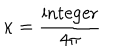
\kappa = { \frac { \mathrm { i n t e g e r } } { 4 \pi } }